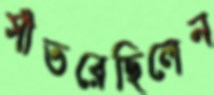
সাঁতরেছিলেন